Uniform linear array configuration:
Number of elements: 32
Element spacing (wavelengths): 0.25
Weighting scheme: uniform
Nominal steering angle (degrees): -45
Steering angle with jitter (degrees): -46.35
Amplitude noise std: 0.05
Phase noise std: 0.05

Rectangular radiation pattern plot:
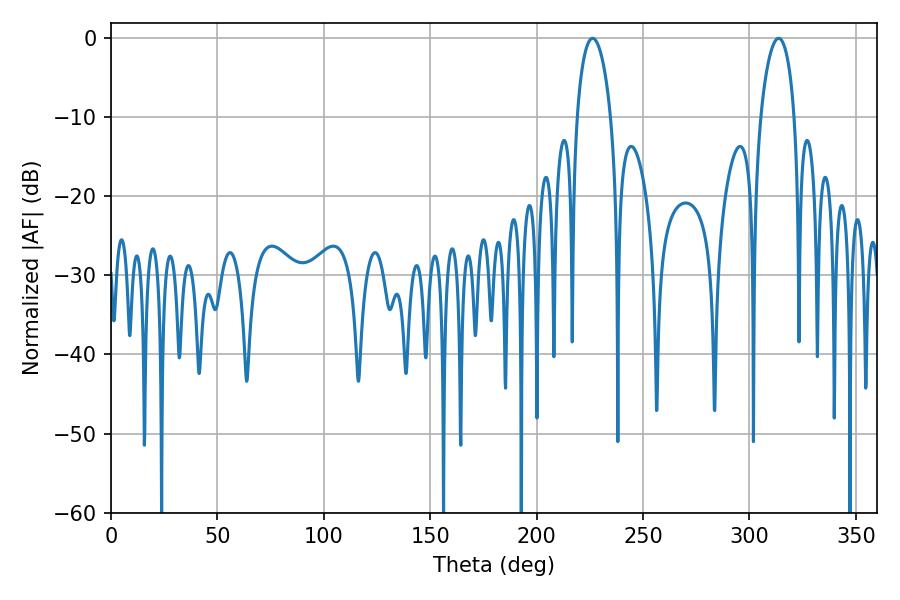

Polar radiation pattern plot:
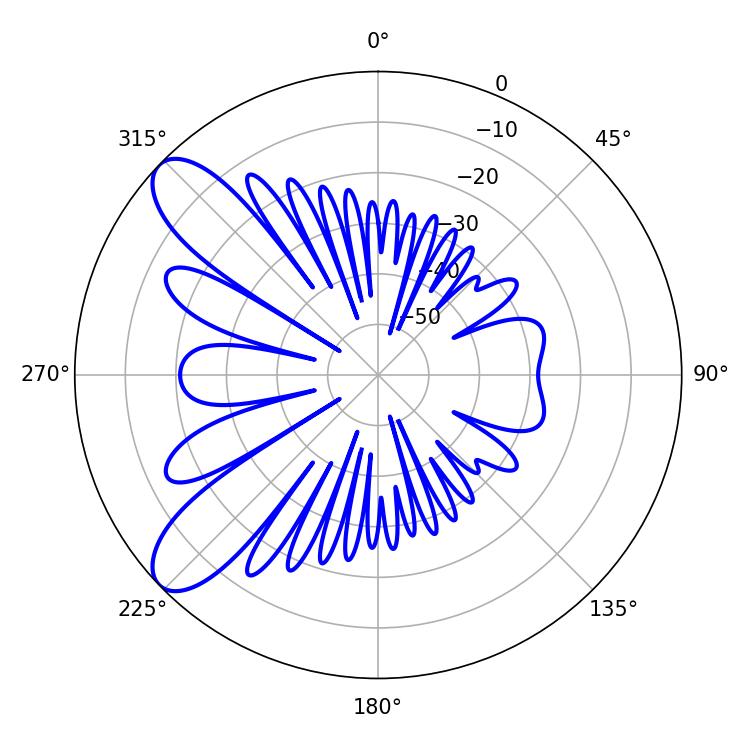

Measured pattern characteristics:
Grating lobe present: FALSE
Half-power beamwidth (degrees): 9
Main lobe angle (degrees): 313.74